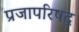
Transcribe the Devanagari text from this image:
प्रजापरिषद्